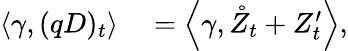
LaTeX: \begin{array}{rl}{\left\langle\gamma,(qD)_{t}\right\rangle}&{{}=\left\langle\gamma,\mathring{Z}_{t}+Z_{t}^{\prime}\right\rangle,}\end{array}